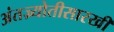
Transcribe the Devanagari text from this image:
अंतज्र्योतीसारखी